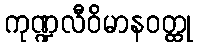
ကုဏ္ဍလီဝိမာနဝတ္ထု